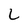
Character: L